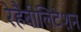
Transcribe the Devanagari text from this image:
रेहैबीलिटेशन